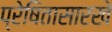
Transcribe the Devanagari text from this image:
प्रेषितासारखे